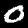
Label: 0